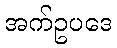
အက်ဥပဒေ